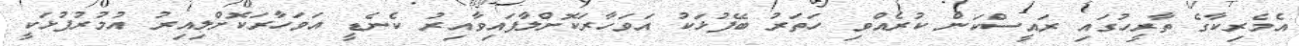
އެމެރިކާގެ ތާރީހުގައި ރައީސްކަން ކުރެއްވި ހަތަރު ބޭފުޅަކު އަވަހާރަކޮށްލާފައިވާއިރު ކެނެޑީ އަވަހާރަކޮށްލިއިރު އުމުރުފުޅަކީ